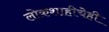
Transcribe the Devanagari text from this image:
लोकशाहीचेही